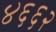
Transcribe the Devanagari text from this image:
४६६२